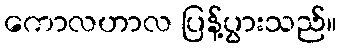
ကောလဟာလ ပြန့်ပွားသည်။